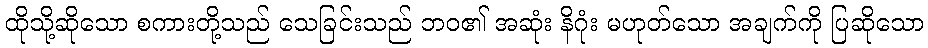
ထိုသို့ဆိုသော စကားတို့သည် သေခြင်းသည် ဘဝ၏ အဆုံး နိဂုံး မဟုတ်သော အချက်ကို ပြဆိုသော